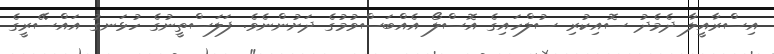
އިސްރާއީލާ ދެމެދު ސޮއިކުރި ސުލްހައިގެ އޮސްލޯ އެއްބަސްވުމުގެ ދަށުންނެވެ. ފަލަސްތީނުގެ ހުޅަނގު އައްސޭރީގެ